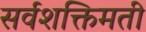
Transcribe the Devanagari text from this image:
सर्वशक्तिमती